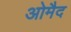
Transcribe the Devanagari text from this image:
ओमैद